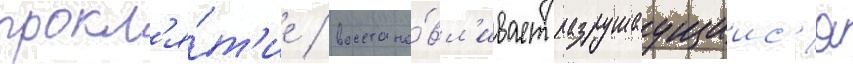
прокл'я́т'ие / восстана́вл'ивает разрушаущиис'я